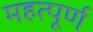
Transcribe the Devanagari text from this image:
महत्‍पूर्ण